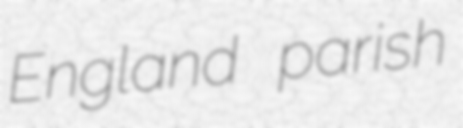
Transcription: England parish